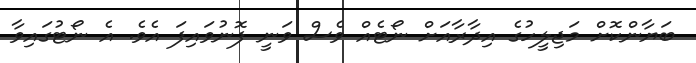
ބަޔާންކޮށް މަޖިލީހުގެ އިދާރާއަށް ނޯޓެއް ވެސް ވަނީ ފޮނުވައިފަ އެވެ. އެ ނޯޓުގައިވާ